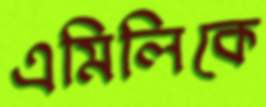
এমিলিকে